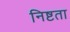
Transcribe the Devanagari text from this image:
निष्टता